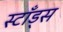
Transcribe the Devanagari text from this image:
स्टाँड्स